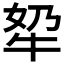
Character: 𪺫